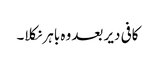
کافی دیر بعد وہ باہر نکلا۔